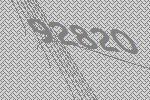
92820